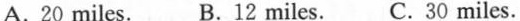
A. 20 miles. B.12 miles. C. 30 miles.